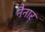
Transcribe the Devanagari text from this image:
नैनार